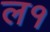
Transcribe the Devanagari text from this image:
ल१